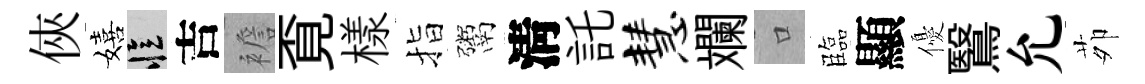
俠嬉忆吉襜覔樣指鬻淸託慧斕口臨顯優鷖允茆